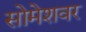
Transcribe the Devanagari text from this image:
सोमेशवर